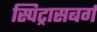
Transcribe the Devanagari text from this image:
स्पिट्रासबर्ग